Report of the King Institute of Preventive Medicine, Guindy
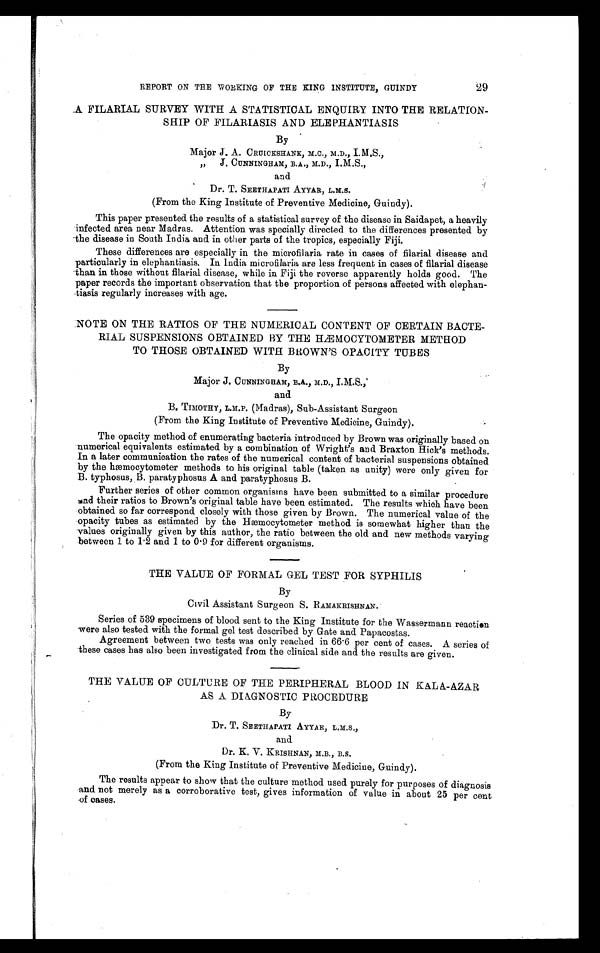
REPORT ON THE WORKING OF THE KING INSTITUTE, GUINDY
29
A FILARIAL SURVEY WITH A STATISTICAL ENQUIRY INTO THE RELATION-
SHIP OF FILARIASIS AND ELEPHANTIASIS
By
Major J. A. CRUICKSHANK, M.C., M.D.,
I.M.S.,
„ J .
C U N N I N G H A M , B . A . , M . D . , I . M . S . ,
and
Dr. T. SEETHAPATI AYYAR, L.M.S.
(From the King Institute of Preventive Medicine, Guindy).
This paper presented the results of a statistical survey of the disease in Saidapet, a heavily
infected area near Madras. Attention was specially directed to the differences presented by
the disease in South India and in other parts of the tropics, especially Fiji.
These differences are especially in the microfilaria rate in cases of filarial disease and
particularly in elephantiasis. In India microfilaria are less frequent in cases of filarial disease
than in those without filarial disease, while in Fiji the reverse apparently holds good. The
paper records the important observation that the proportion of persons affected with elephan-
tiasis regularly increases with age.
NOTE ON THE RATIOS OF THE NUMERICAL CONTENT OF CERTAIN BACTE-
RIAL SUSPENSIONS OBTAINED BY THE HÆMOCYTOMETER METHOD
TO THOSE OBTAINED WITH BROWN'S OPACITY TUBES
By
Major J . CUNNINGHAM, B.A., M.D., I.M.S.,
and
B. TIMOTHY, L.M.P. (Madras), Sub-Assistant Surgeon
(From the King Institute of Preventive Medicine, Guindy).
The opacity method of enumerating bacteria introduced by Brown was originally based on
numerical equivalents estimated by a combination of Wright's and Braxton Hick's methods.
In a later communication the rates of the numerical content of bacterial suspensions obtained
by the hæmocytometer methods to his original table (taken as unity) were only given for
B. typhosus, B. paratyphosus A and paratyphosus B.
Further series of other common organisms have been submitted to a similar procedure
and their ratios to Brown's original table have been estimated. The results which have been
obtained so far correspond closely with those given by Brown. The numerical value of the
opacity tubes as estimated by the Hæmocytometer method is somewhat higher than the
values originally given by this author, the ratio between the old and new methods varying
between 1 to 1.2 and 1 to 0.9 for different organisms.
THE VALUE OF FORMAL GEL TEST FOR SYPHILIS
By
Civil Assistant Surgeon S. RAMAKRISHNAN.
Series of 539 specimens of blood sent to the King Institute for the Wassermann reaction
were also tested with the formal gel test described by Gate and Papacostas.
Agreement between two tests was only reached in 66.6 per cent of cases. A series of
these cases has also been investigated from the clinical side and the results are given.
THE VALUE OF CULTURE OF THE PERIPHERAL BLOOD IN KALA-AZAR
AS A DIAGNOSTIC PROCEDURE
By
Dr. T. SEETHAPATI AYYAR, L.M.S.,
and
Dr. K. V. KRISHNAN, M.B., B.S.
(From the King Institute of Preventive Medicine, Guindy).
The results appear to show that the culture method used purely for purposes of diagnosis
and not merely as a corroborative test, gives information of value in about 25 per cent
of cases.